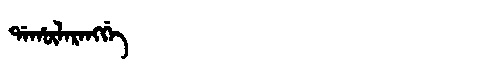
Manchu: ᡩᠠᡥᡡᠯᠠᡵᠠᠩᡤᡝ
Romanization: DAHŪLARANGGE